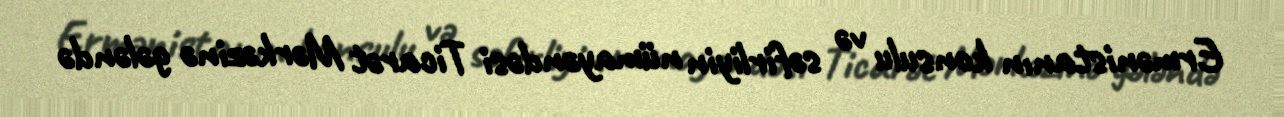
Ermənistanın konsulu və səfirliyin nümayəndəsi Ticarət Mərkəzinə gələndə